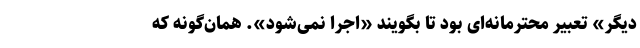
دیگر» تعبیر محترمانه‌ای بود تا بگویند «اجرا نمی‌شود». همان‌گونه که